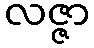
လဇ္ဇာ